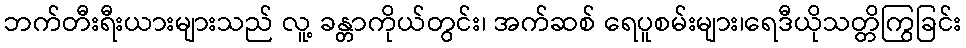
ဘက်တီးရီးယားများသည် လူ့ ခန္တာကိုယ်တွင်း၊ အက်ဆစ် ရေပူစမ်းများ၊ရေဒီယိုသတ္တိကြွခြင်း